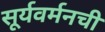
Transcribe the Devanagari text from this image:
सूर्यवर्मनची